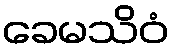
ခေမသိဝံ